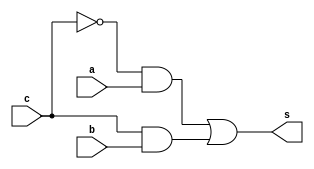
// ------------------------- 
// Exemplo0032 - F4 
// Nome: Jonatas Sena Ferreira
// ------------------------- 
// ------------------------- 
// optador1b 
// ------------------------- 
module optador1b (output s, input a, input b, input c); 
// --descrio
wire s1, s2;

and AND1 (s1, ~c, a);
and AND2 (s2, c, b);
or OR1 (s, s1, s2);

endmodule // optador1b 
// ------------------------- 
// ------------------------- 
// optador4b 
// ------------------------- 
module optador4b (output [3:0] s, input [3:0] a, input [3:0] b,input c); 
// --descrio

optador1b OP1 (s[0], a[0], b[0], c);
optador1b OP2 (s[1], a[1], b[1], c);
optador1b OP3 (s[2], a[2], b[2], c);
optador1b OP4 (s[3], a[3], b[3], c);

endmodule // optador4b 
// ------------------------- 
// ------------------------- 
// f4_gate 
// ------------------------- 
module f4 (output [3:0] s, input [3:0] d, input [3:0] e,input f); 
// -- descrio
wire [3:0] fioAND, fioOR;

and AND1 (fioAND[0], d[0], e[0]);
and AND2 (fioAND[1], d[1], e[1]);
and AND3 (fioAND[2], d[2], e[2]);
and AND4 (fioAND[3], d[3], e[3]);

or OR1 (fioOR[0], d[0], e[0]);
or OR2 (fioOR[1], d[1], e[1]);
or OR3 (fioOR[2], d[2], e[2]);
or OR4 (fioOR[3], d[3], e[3]);

optador4b OP1 (s, fioAND, fioOR, f);

endmodule // f4 
// ------------------------- 
module test_f4; 
// ------------------------- definir dados 
reg [3:0] p; 
reg [3:0] t; 
reg f;
wire [3:0] z; 
f4 modulo (z, p, t, f); 
// ------------------------- parte principal 
initial begin 
$display("Exemplo0032 - Jonatas Sena Ferreira - 427424"); 
$display("Test LU's module"); 
p = 4'b0011; t = 4'b0101; f=0;
// projetar testes do modulo 
#1 $monitor("%3b %3b option: %1b == %3b",p,t,f,z); 
#1 f=1;
#1 p = 4'b0010; t = 4'b1101; f=0;
#1 p = 4'b0010; t = 4'b1101; f=1;
#1 p = 4'b0111; t = 4'b1111; f=0;
#1 p = 4'b0111; t = 4'b1111; f=1;
#1 p = 4'b1001; t = 4'b0000; f=0;
#1 p = 4'b1000; t = 4'b0000; f=1;
#1 p = 4'b1010; t = 4'b0101; f=0;
#1 p = 4'b1010; t = 4'b0101; f=1;
end 
endmodule // test_f4